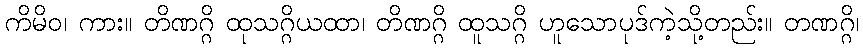
ကိမိဝ၊ ကား။ တိဏဂ္ဂိ ထုသဂ္ဂိယထာ၊ တိဏဂ္ဂိ ထူသဂ္ဂိ ဟူသောပုဒ်ကဲ့သို့တည်း။ တဏဂ္ဂိ၊